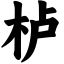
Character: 栌